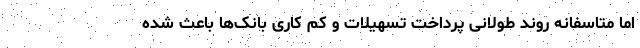
اما متاسفانه روند طولانی پرداخت تسهیلات و کم کاری بانک‌ها باعث شده